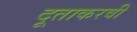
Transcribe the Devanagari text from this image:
दूताकरवी